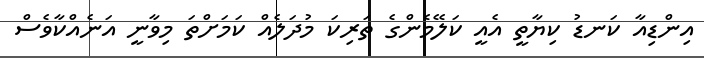
އިންޑިއާ ކަނޑު ކިޔާތީ އެއީ ކަލޭމެންގެ ތަރިކަ މުދަލެއް ކަމަށްތަ މިވާނީ އަނެއްކާވެސް